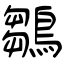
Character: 鶵